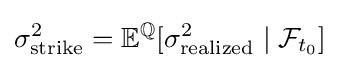
\sigma _{\text{strike}}^{2}=\mathbb {E} ^{\mathbb {Q} }[\sigma _{\text{realized}}^{2}\mid {\mathcal {F}}_{t_{0}}]